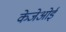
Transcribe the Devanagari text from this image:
केजेओई